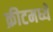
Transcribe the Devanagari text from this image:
क्रीटमध्ये